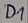
Text: D1